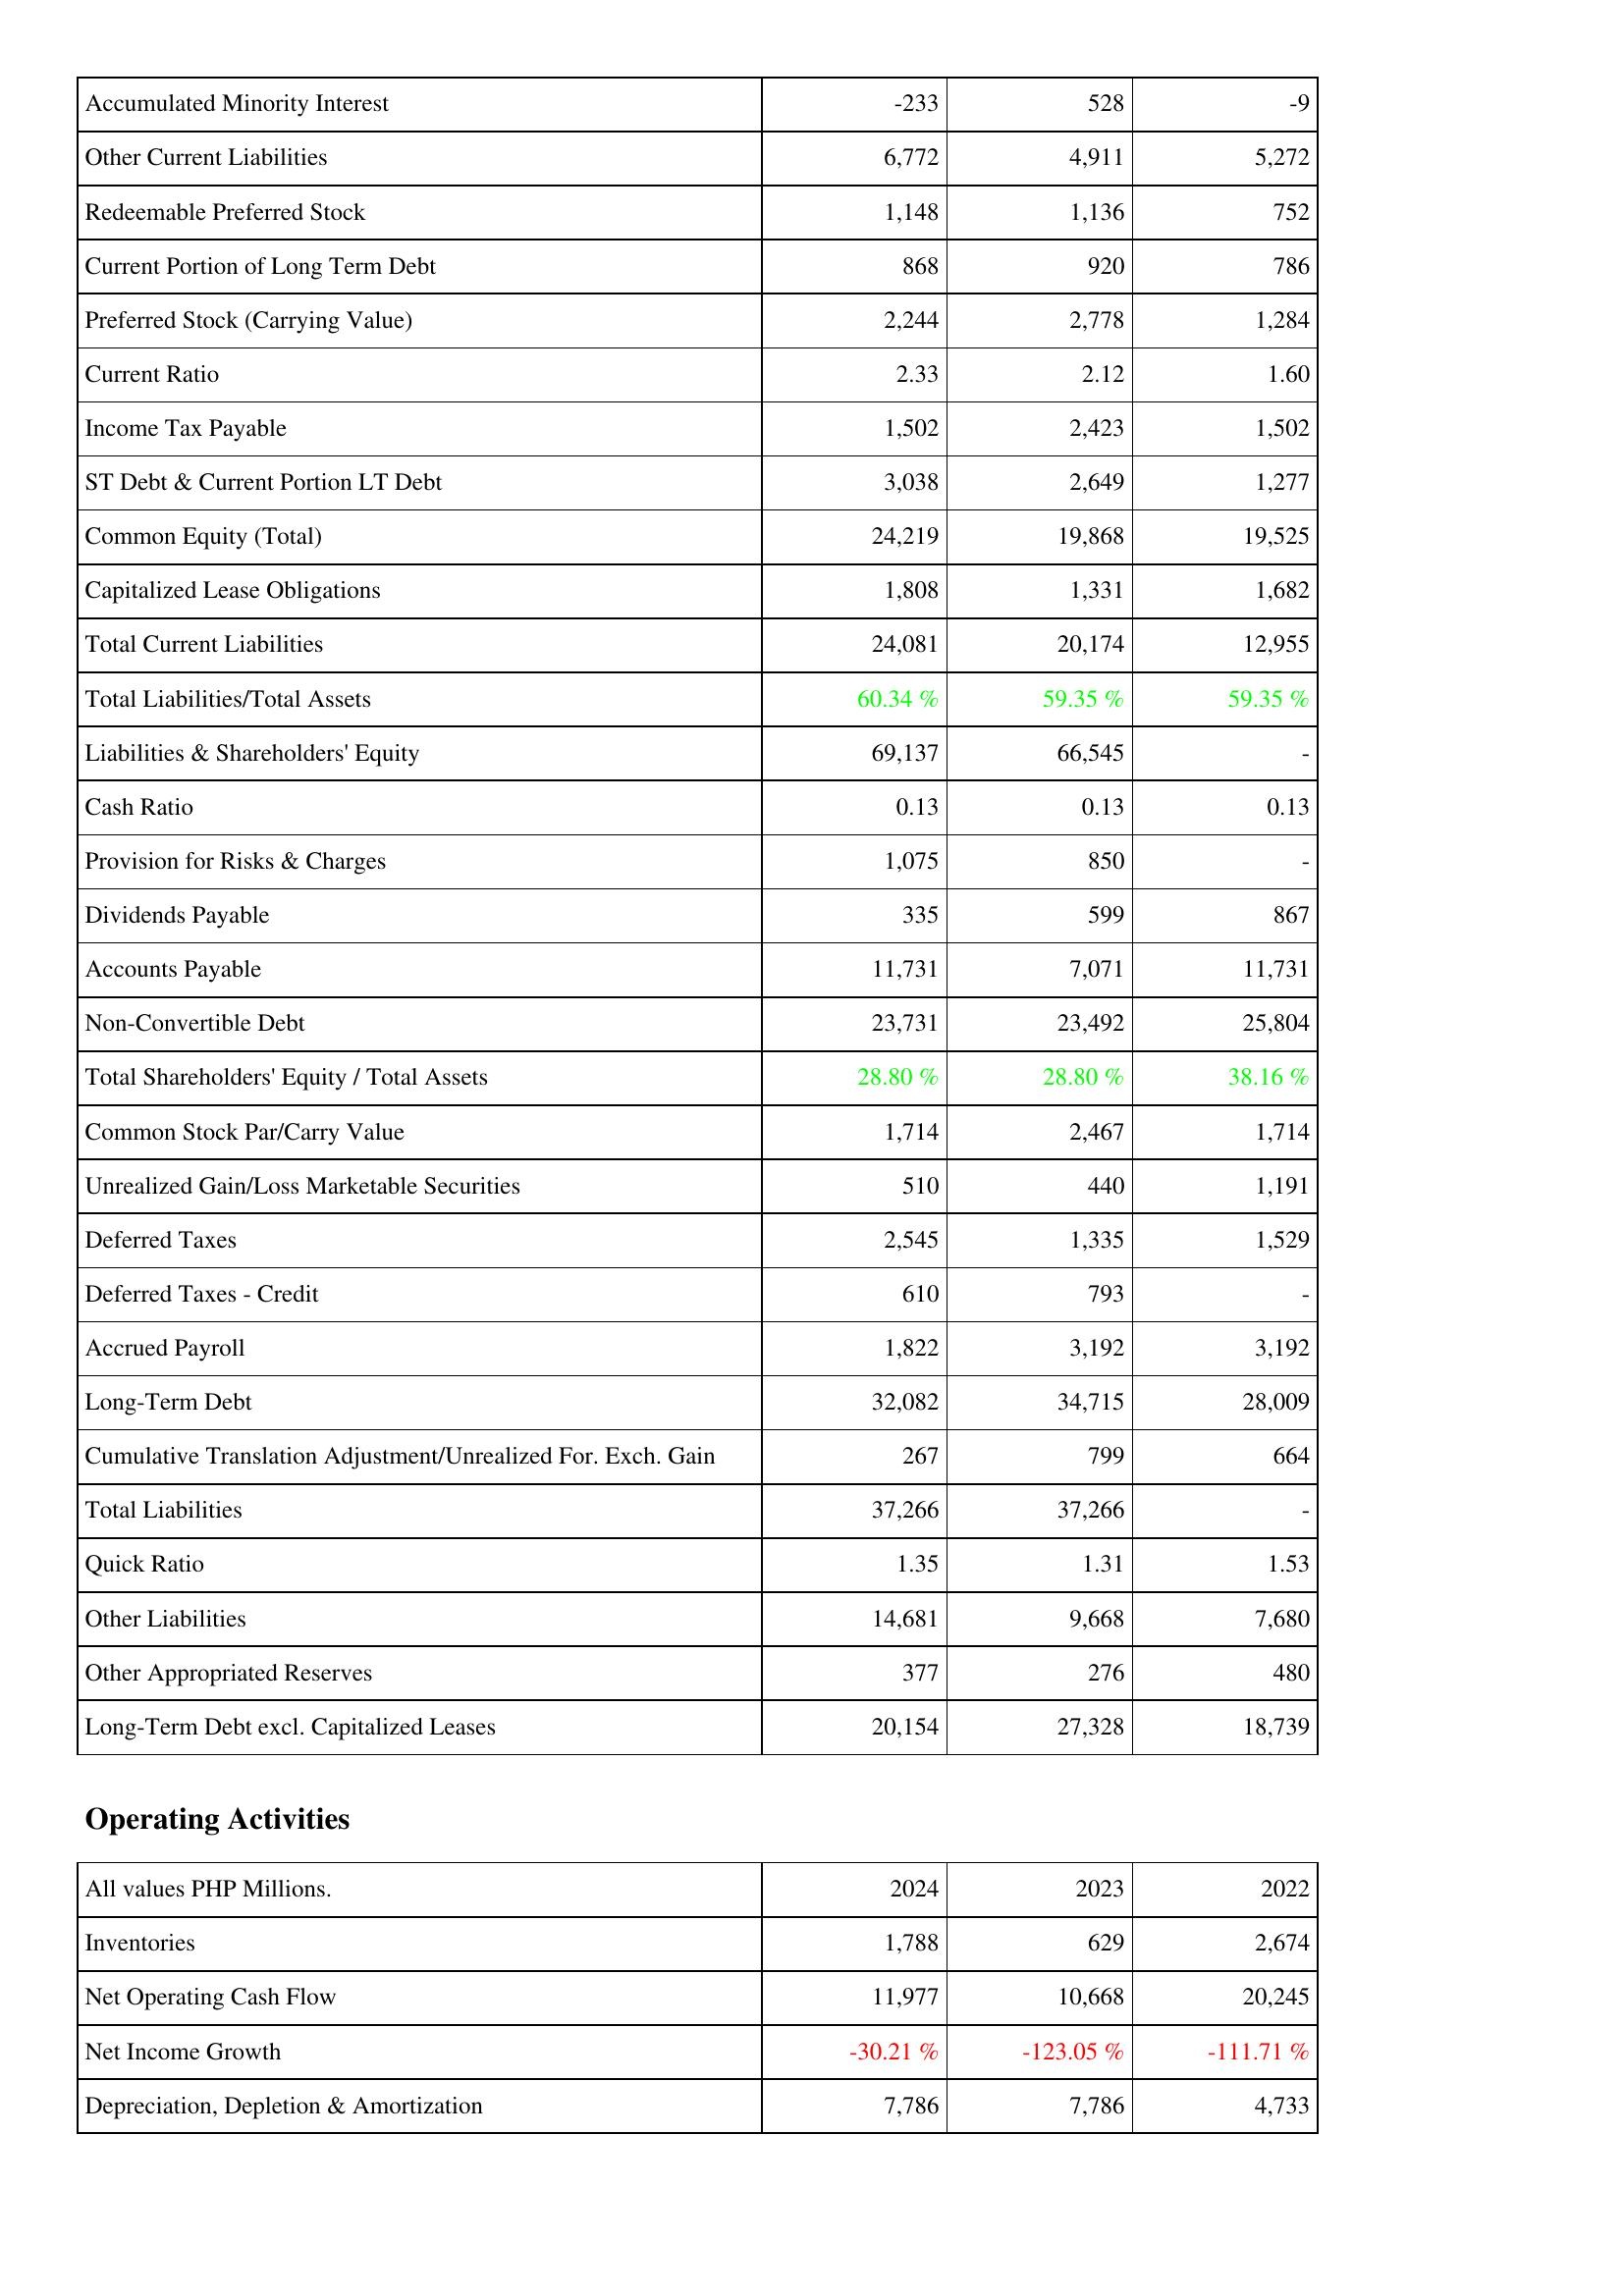
2024: Liabilities & Shareholders' Equity: Accumulated Minority Interest: -233
Other Current Liabilities: 6,772
Redeemable Preferred Stock: 1,148
Current Portion of Long Term Debt: 868
Preferred Stock (Carrying Value): 2,244
Current Ratio: 2.33
Income Tax Payable: 1,502
ST Debt & Current Portion LT Debt: 3,038
Common Equity (Total): 24,219
Capitalized Lease Obligations: 1,808
Total Current Liabilities: 24,081
Total Liabilities/Total Assets: 60.34 %
Liabilities & Shareholders' Equity: 69,137
Cash Ratio: 0.13
Provision for Risks & Charges: 1,075
Dividends Payable: 335
Accounts Payable: 11,731
Non-Convertible Debt: 23,731
Total Shareholders' Equity / Total Assets: 28.80 %
Common Stock Par/Carry Value: 1,714
Unrealized Gain/Loss Marketable Securities: 510
Deferred Taxes: 2,545
Deferred Taxes - Credit: 610
Accrued Payroll: 1,822
Long-Term Debt: 32,082
Cumulative Translation Adjustment/Unrealized For. Exch. Gain: 267
Total Liabilities: 37,266
Quick Ratio: 1.35
Other Liabilities: 14,681
Other Appropriated Reserves: 377
Long-Term Debt excl. Capitalized Leases: 20,154
Operating Activities: Inventories: 1,788
Net Operating Cash Flow: 11,977
Net Income Growth: -30.21 %
Depreciation, Depletion & Amortization: 7,786
2023: Liabilities & Shareholders' Equity: Accumulated Minority Interest: 528
Other Current Liabilities: 4,911
Redeemable Preferred Stock: 1,136
Current Portion of Long Term Debt: 920
Preferred Stock (Carrying Value): 2,778
Current Ratio: 2.12
Income Tax Payable: 2,423
ST Debt & Current Portion LT Debt: 2,649
Common Equity (Total): 19,868
Capitalized Lease Obligations: 1,331
Total Current Liabilities: 20,174
Total Liabilities/Total Assets: 59.35 %
Liabilities & Shareholders' Equity: 66,545
Cash Ratio: 0.13
Provision for Risks & Charges: 850
Dividends Payable: 599
Accounts Payable: 7,071
Non-Convertible Debt: 23,492
Total Shareholders' Equity / Total Assets: 28.80 %
Common Stock Par/Carry Value: 2,467
Unrealized Gain/Loss Marketable Securities: 440
Deferred Taxes: 1,335
Deferred Taxes - Credit: 793
Accrued Payroll: 3,192
Long-Term Debt: 34,715
Cumulative Translation Adjustment/Unrealized For. Exch. Gain: 799
Total Liabilities: 37,266
Quick Ratio: 1.31
Other Liabilities: 9,668
Other Appropriated Reserves: 276
Long-Term Debt excl. Capitalized Leases: 27,328
Operating Activities: Inventories: 629
Net Operating Cash Flow: 10,668
Net Income Growth: -123.05 %
Depreciation, Depletion & Amortization: 7,786
2022: Liabilities & Shareholders' Equity: Accumulated Minority Interest: -9
Other Current Liabilities: 5,272
Redeemable Preferred Stock: 752
Current Portion of Long Term Debt: 786
Preferred Stock (Carrying Value): 1,284
Current Ratio: 1.60
Income Tax Payable: 1,502
ST Debt & Current Portion LT Debt: 1,277
Common Equity (Total): 19,525
Capitalized Lease Obligations: 1,682
Total Current Liabilities: 12,955
Total Liabilities/Total Assets: 59.35 %
Liabilities & Shareholders' Equity: -
Cash Ratio: 0.13
Provision for Risks & Charges: -
Dividends Payable: 867
Accounts Payable: 11,731
Non-Convertible Debt: 25,804
Total Shareholders' Equity / Total Assets: 38.16 %
Common Stock Par/Carry Value: 1,714
Unrealized Gain/Loss Marketable Securities: 1,191
Deferred Taxes: 1,529
Deferred Taxes - Credit: -
Accrued Payroll: 3,192
Long-Term Debt: 28,009
Cumulative Translation Adjustment/Unrealized For. Exch. Gain: 664
Total Liabilities: -
Quick Ratio: 1.53
Other Liabilities: 7,680
Other Appropriated Reserves: 480
Long-Term Debt excl. Capitalized Leases: 18,739
Operating Activities: Inventories: 2,674
Net Operating Cash Flow: 20,245
Net Income Growth: -111.71 %
Depreciation, Depletion & Amortization: 4,733